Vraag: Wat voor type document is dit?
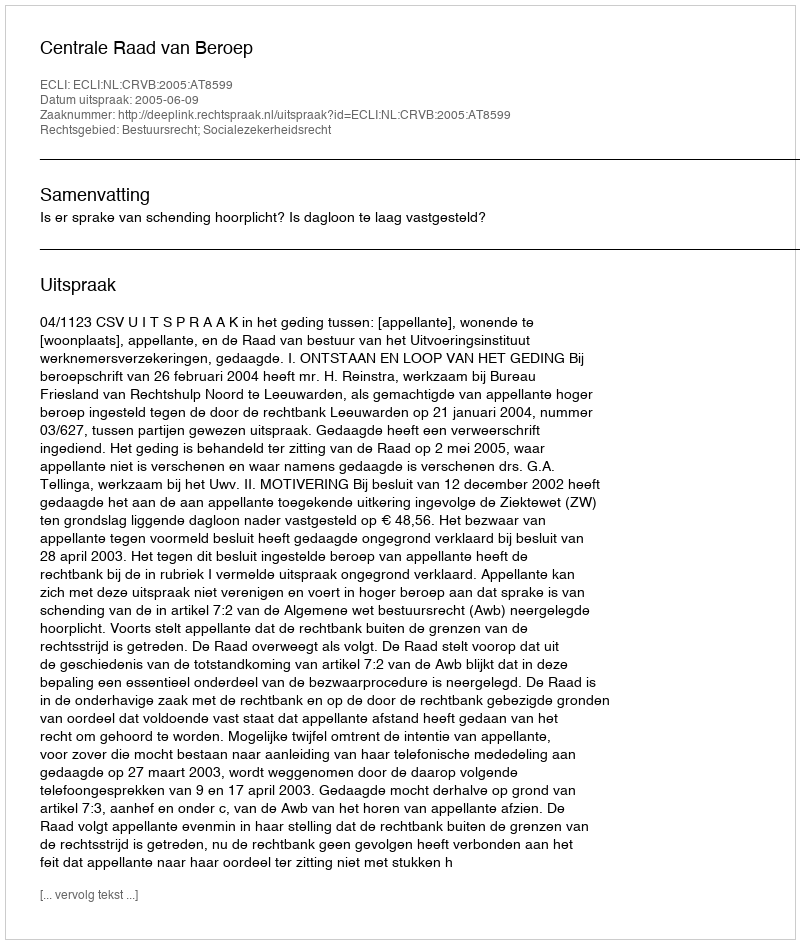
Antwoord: Uitspraak